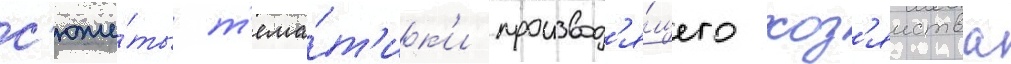
с'юже́ты т'ема́т'ик'и производ'я́щего хоз'яиства